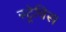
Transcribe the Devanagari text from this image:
स्ट्रेचिस